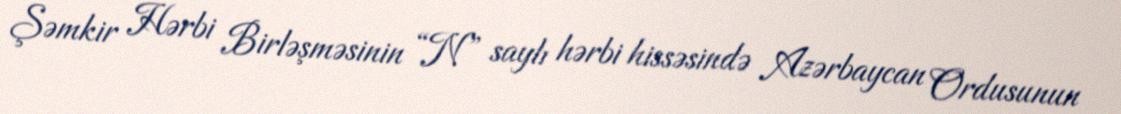
Şəmkir Hərbi Birləşməsinin “N” saylı hərbi hissəsində Azərbaycan Ordusunun